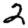
Digit: 2